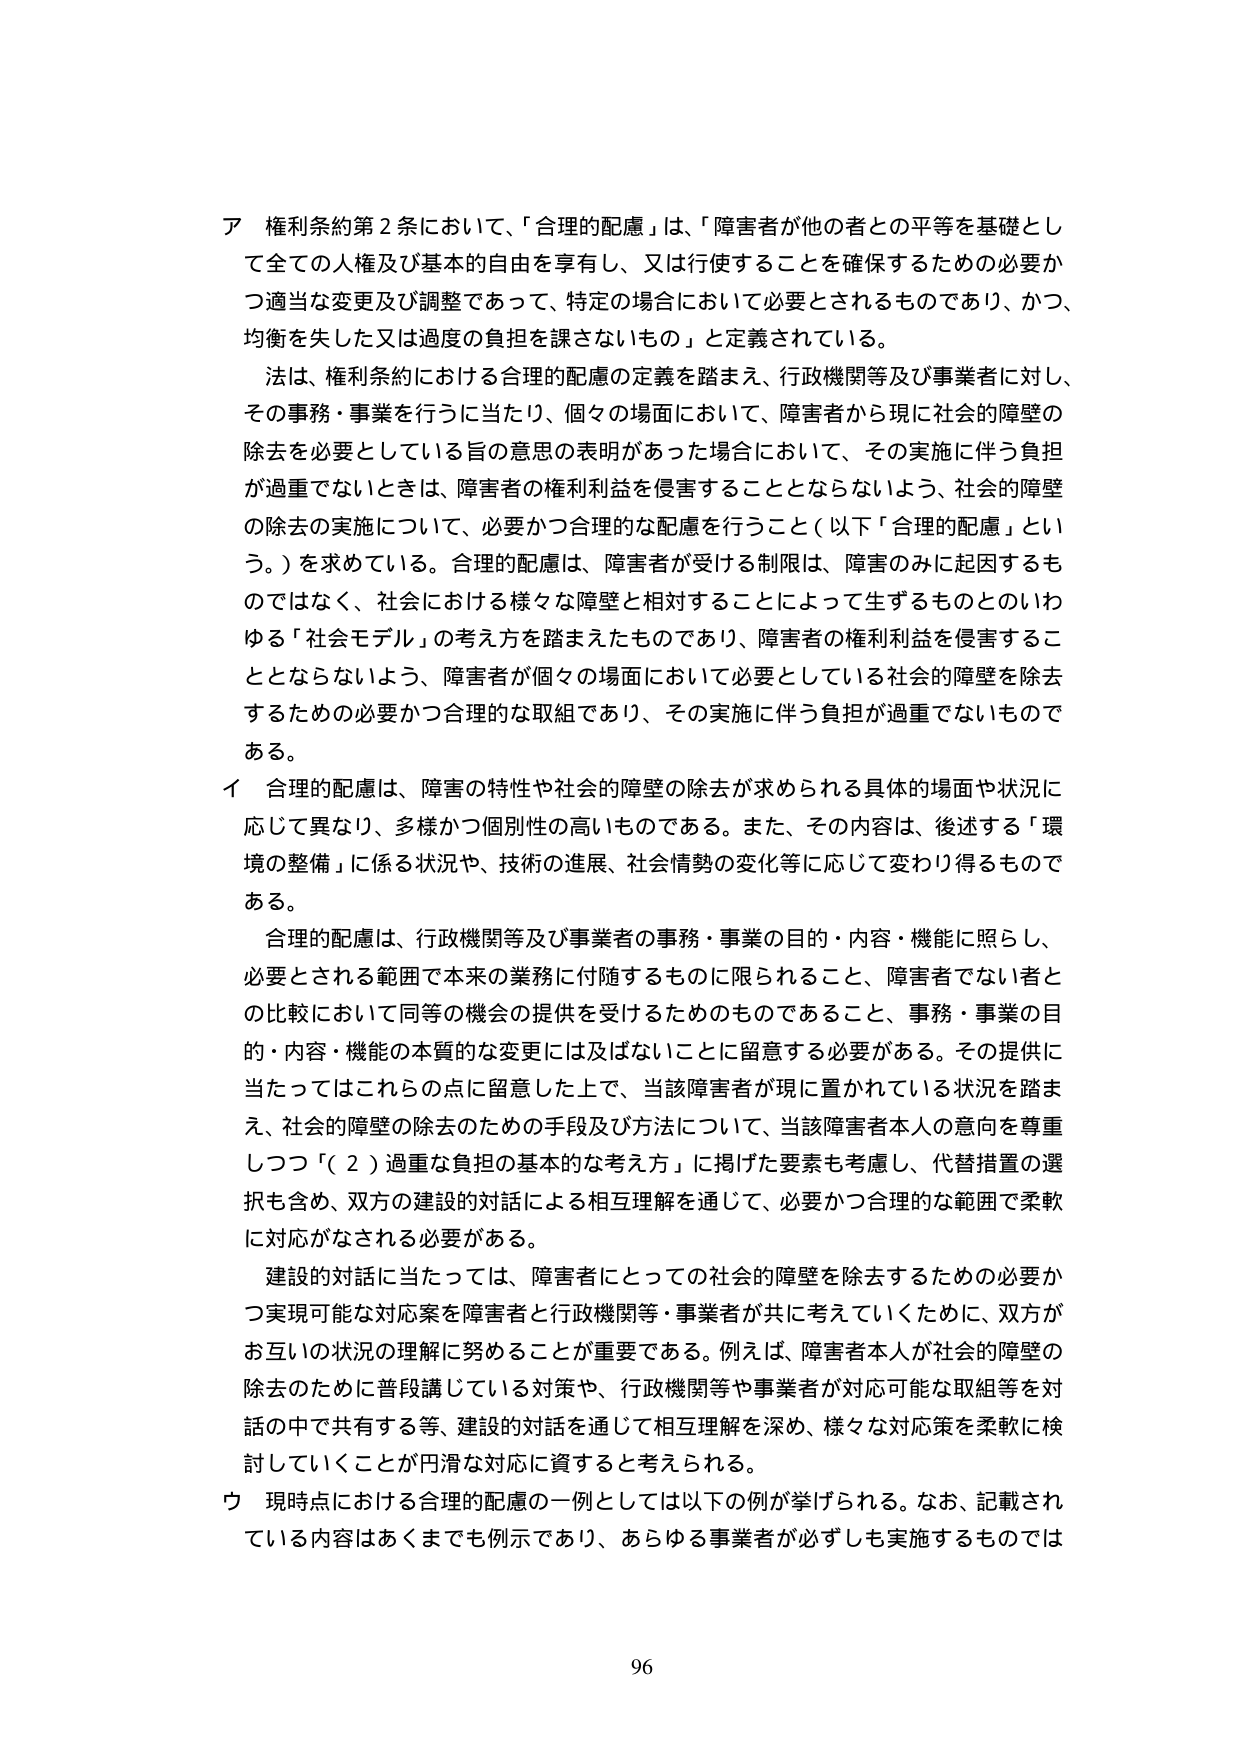
ア 権利条約第２条において、「合理的配慮」は、「障害者が他の者との平等を基礎として全ての人権及び基本的自由を享有し、又は行使することを確保するための必要かつ適当な変更及び調整であって、特定の場合において必要とされるものであり、かつ、均衡を失した又は過度の負担を課さないもの」と定義されている。

法は、権利条約における合理的配慮の定義を踏まえ、行政機関等及び事業者に対し、その事務・事業を行うに当たり、個々の場面において、障害者から現に社会的障壁の除去を必要としている旨の意思の表明があった場合において、その実施に伴う負担が過重でないときは、障害者の権利利益を侵害することとならないよう、社会的障壁の除去の実施について、必要かつ合理的な配慮を行うこと（以下「合理的配慮」という。）を求めている。合理的配慮は、障害者が受ける制限は、障害のみに起因するものではなく、社会における様々な障壁と相対することによって生ずるものとのいわゆる「社会モデル」の考え方を踏まえたものであり、障害者の権利利益を侵害することとならないよう、障害者が個々の場面において必要としている社会的障壁を除去するための必要かつ合理的な取組であり、その実施に伴う負担が過重でないものである。

イ 合理的配慮は、障害の特性や社会的障壁の除去が求められる具体的場面や状況に応じて異なり、多様かつ個別性の高いものである。また、その内容は、後述する「環境の整備」に係る状況や、技術の進展、社会情勢の変化等に応じて変わり得るものである。

合理的配慮は、行政機関等及び事業者の事務・事業の目的・内容・機能に照らし、必要とされる範囲で本来の業務に付随するものに限られること、障害者でない者との比較において同等の機会の提供を受けるためのものであること、事務・事業の目的・内容・機能の本質的な変更には及ばないことに対し留意する必要がある。その提供に当たってはこれらの点に留意した上で、当該障害者が現に置かれている状況を踏まえ、社会的障壁の除去のための手段及び方法について、当該障害者本人の意向を尊重しつつ「（２）過重な負担の基本的な考え方」に掲げた要素も考慮し、代替措置の選択も含め、双方の建設的対話による相互理解を通じて、必要かつ合理的な範囲で柔軟に対応がなされる必要がある。

建設的対話に当たっては、障害者にとっての社会的障壁を除去するための必要かつ実現可能な対応案を障害者と行政機関等・事業者が共に考えていくために、双方がお互いの状況の理解に努めることが重要である。例えば、障害者本人が社会的障壁の除去のために普段講じている対策や、行政機関等や事業者が対応可能な取組等を対話の中で共有する等、建設的対話を通じて相互理解を深め、様々な対応策を柔軟に検討していくことが円滑な対応に資すると考えられる。

ウ 現時点における合理的配慮の一例としては以下の例が挙げられる。なお、記載されている内容はあくまでも例示であり、あらゆる事業者が必ずしも実施するものでは

96